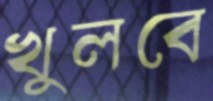
খুলবে